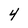
Character: 4